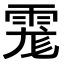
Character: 𩃄